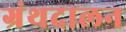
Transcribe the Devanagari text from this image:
ग्रंथदालन